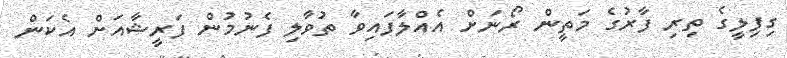
ގިފިލީގެ ތިރި ފާރުގެ މަތީން ރޯނަށް އެއްލާފައިވާ ތުވާލި ފެނުމުން ފަރީޝާއަށް އެކަން